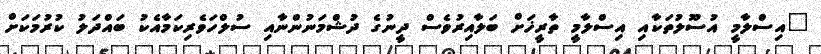
"އިސްލާމީ އުސޫލުތަކާއި އިސްލާމީ ތާރީޚަށް ބަލާއިރުވެސް ދީނުގެ ދުޝްމަނުންނާއި ސުލްހަވެރިކަމާއެކު ބައްދަލު ކުރުމަކަށް